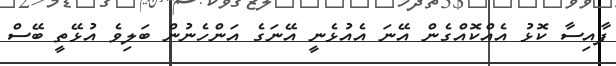
ފާއިސާ ކޮޅު އެއްކޮއްގެން އޭނަ އެއުޅެނީ އޭނަގެ އަންހެނުން ބަލިވެ އުޅޭތީ ބޭސް